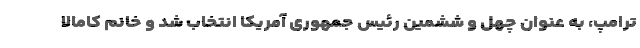
ترامپ، به عنوان چهل و ششمین رئیس جمهوری آمریکا انتخاب شد و خانم کامالا